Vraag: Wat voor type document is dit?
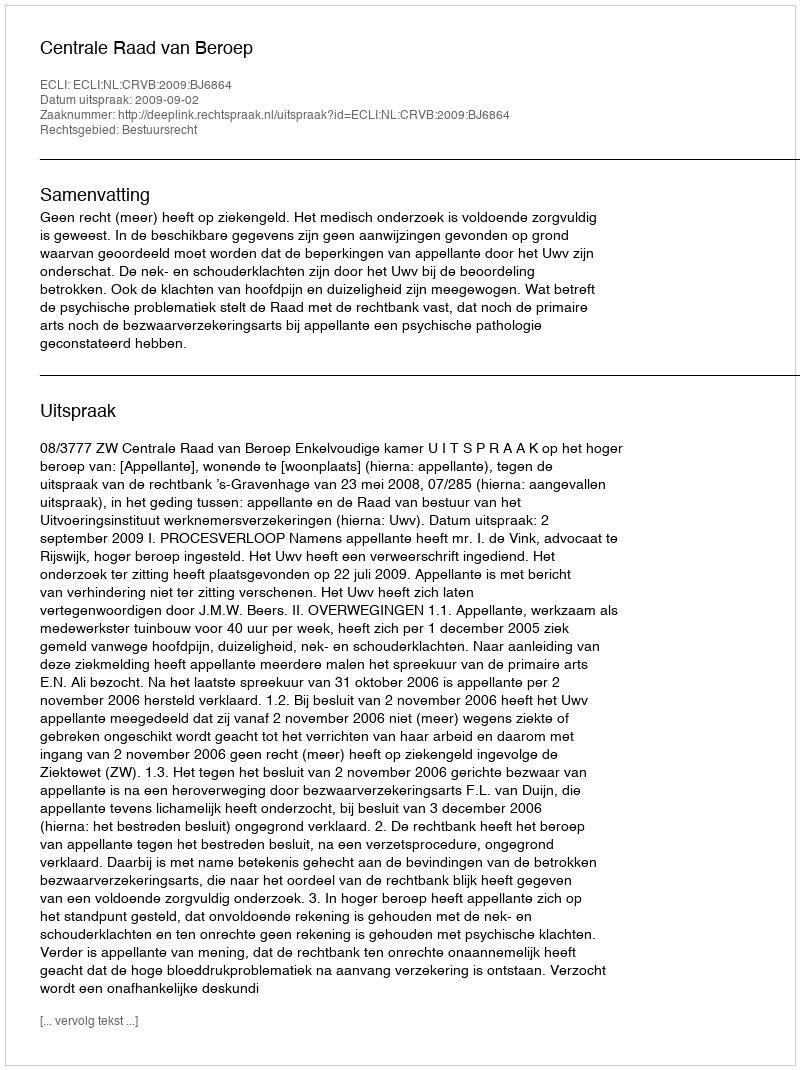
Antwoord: Uitspraak